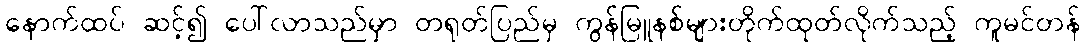
နောက်ထပ် ဆင့်၍ ပေါ်လာသည်မှာ တရုတ်ပြည်မှ ကွန်မြူနစ်များတိုက်ထုတ်လိုက်သည့် ကူမင်တန်